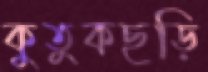
কুতুকছড়ি